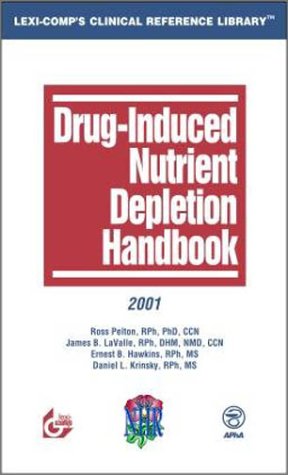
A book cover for Drug-Induced Nutrient Depletion Handbook; Ross Pelton; Medical Books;